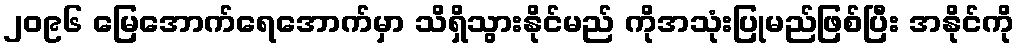
၂၀၉၆ မြေအောက်ရေအောက်မှာ သိရှိသွားနိုင်မည် ကိုအသုံးပြုမည်ဖြစ်ပြီး အနိုင်ကို